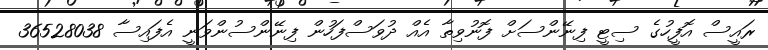
ރައީސް އޮފީހުގެ ސިޓީ ފިނޭންސަށް ފޮނުވިތާ އެއް ދުވަސްފަހުން ފިނޭންސުންވަނީ އެފައިސާ 36528038